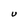
Character: U